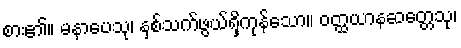
စား၏။ မနာပေသု၊ နှစ်သက်ဖွယ်ရှိကုန်သော။ ဝတ္ထယာနဆတ္တေသု၊